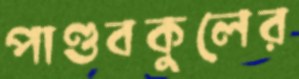
পাণ্ডবকুলের